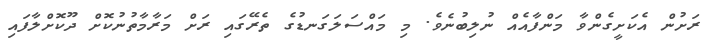
ރަށުން އެކަށީގެންވާ މަންފާއެއް ނުލިބުނެވެ. މި މައްސަލަގަނޑުގެ ތެރޭގައި ރަށް މަރާމާތުނުކޮށް ދޫކޮށްލާފައި